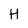
Character: H